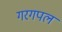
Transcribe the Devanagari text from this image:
गरगपल